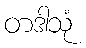
တဒါသုံ